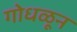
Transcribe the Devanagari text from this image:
गोधळून